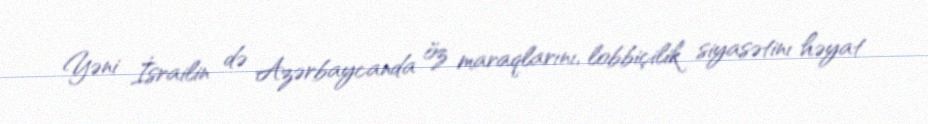
Yəni İsrailin də Azərbaycanda öz maraqlarını, lobbiçilik siyasətinı həyat